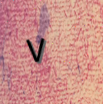
٧